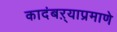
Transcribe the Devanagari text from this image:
कादंबऱ्याप्रमाणे